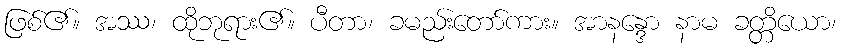
ဖြစ်၏။ အဿ၊ ထိုဘုရား၏။ ပီတာ၊ ခမည်းတော်ကား။ အာနန္ဒော နာမ ခတ္တိယော၊